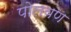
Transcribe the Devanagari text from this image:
पोलवण